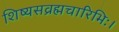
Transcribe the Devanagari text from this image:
शिष्यसव्रह्मचारिभिः।